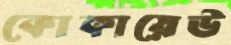
কোকায়েউ